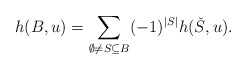
\begin{align*}h(B,u)=\sum_{\emptyset \neq S\subseteq B} (-1)^{|S|} h(\check{S},u).\end{align*}